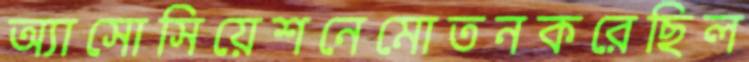
অ্যাসোসিয়েশনেমোতনকরেছিল